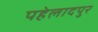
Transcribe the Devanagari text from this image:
पहेलादपुर